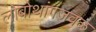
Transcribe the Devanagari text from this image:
लोबोथांगजवळ